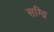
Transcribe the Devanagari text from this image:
सम्ग्रि